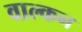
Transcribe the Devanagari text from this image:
वाल्कन